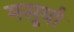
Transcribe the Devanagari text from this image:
मसूर्या